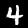
Label: 4